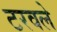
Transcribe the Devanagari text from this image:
टरवले